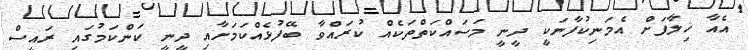
އެއާ ޚިލާފަށް އެމަނިކުފާނަކީ ދީނީ މަސައްކަތްތަކެއް ކުރައްވާ ބޭފުޅެއްކަމަށާއި ދީނީ ކަންކަމުގައި ރައީސް